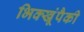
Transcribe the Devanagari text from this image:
भिक्खूंपैकी